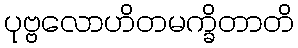
ပုဗ္ဗလောဟိတမက္ခိတာတိ